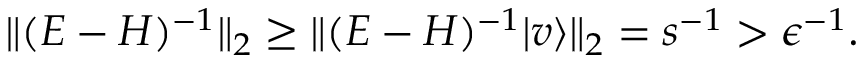
\begin{array} { r } { \| ( E - H ) ^ { - 1 } \| _ { 2 } \ge \| ( E - H ) ^ { - 1 } | v \rangle \| _ { 2 } = s ^ { - 1 } > \epsilon ^ { - 1 } . } \end{array}